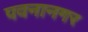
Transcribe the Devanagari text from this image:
पवनानगर